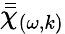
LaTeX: \bar{\bar{\chi}}_{(\omega,k)}